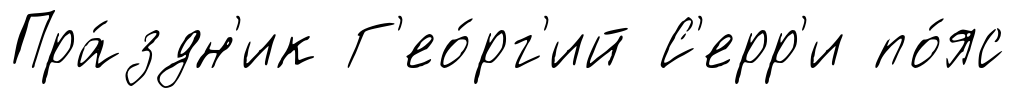
Пра́здн'ик Г'ео́рг'ий С'ерр'и по́яс